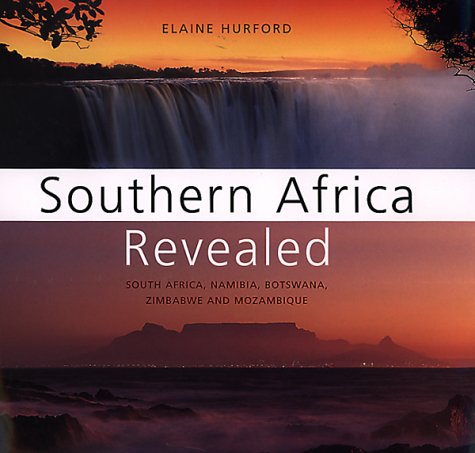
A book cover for Southern Africa Revealed: South Africa, Namibia, Botswana, Zimbabwe, and Mozambique; Elaine Hurford; Travel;